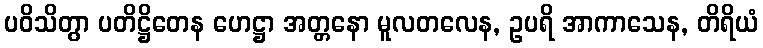
ပဝိသိတွာ ပတိဋ္ဌိတေန ဟေဋ္ဌာ အတ္တနော မူလတလေန, ဥပရိ အာကာသေန, တိရိယံ